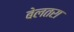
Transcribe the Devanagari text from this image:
बेलतरा